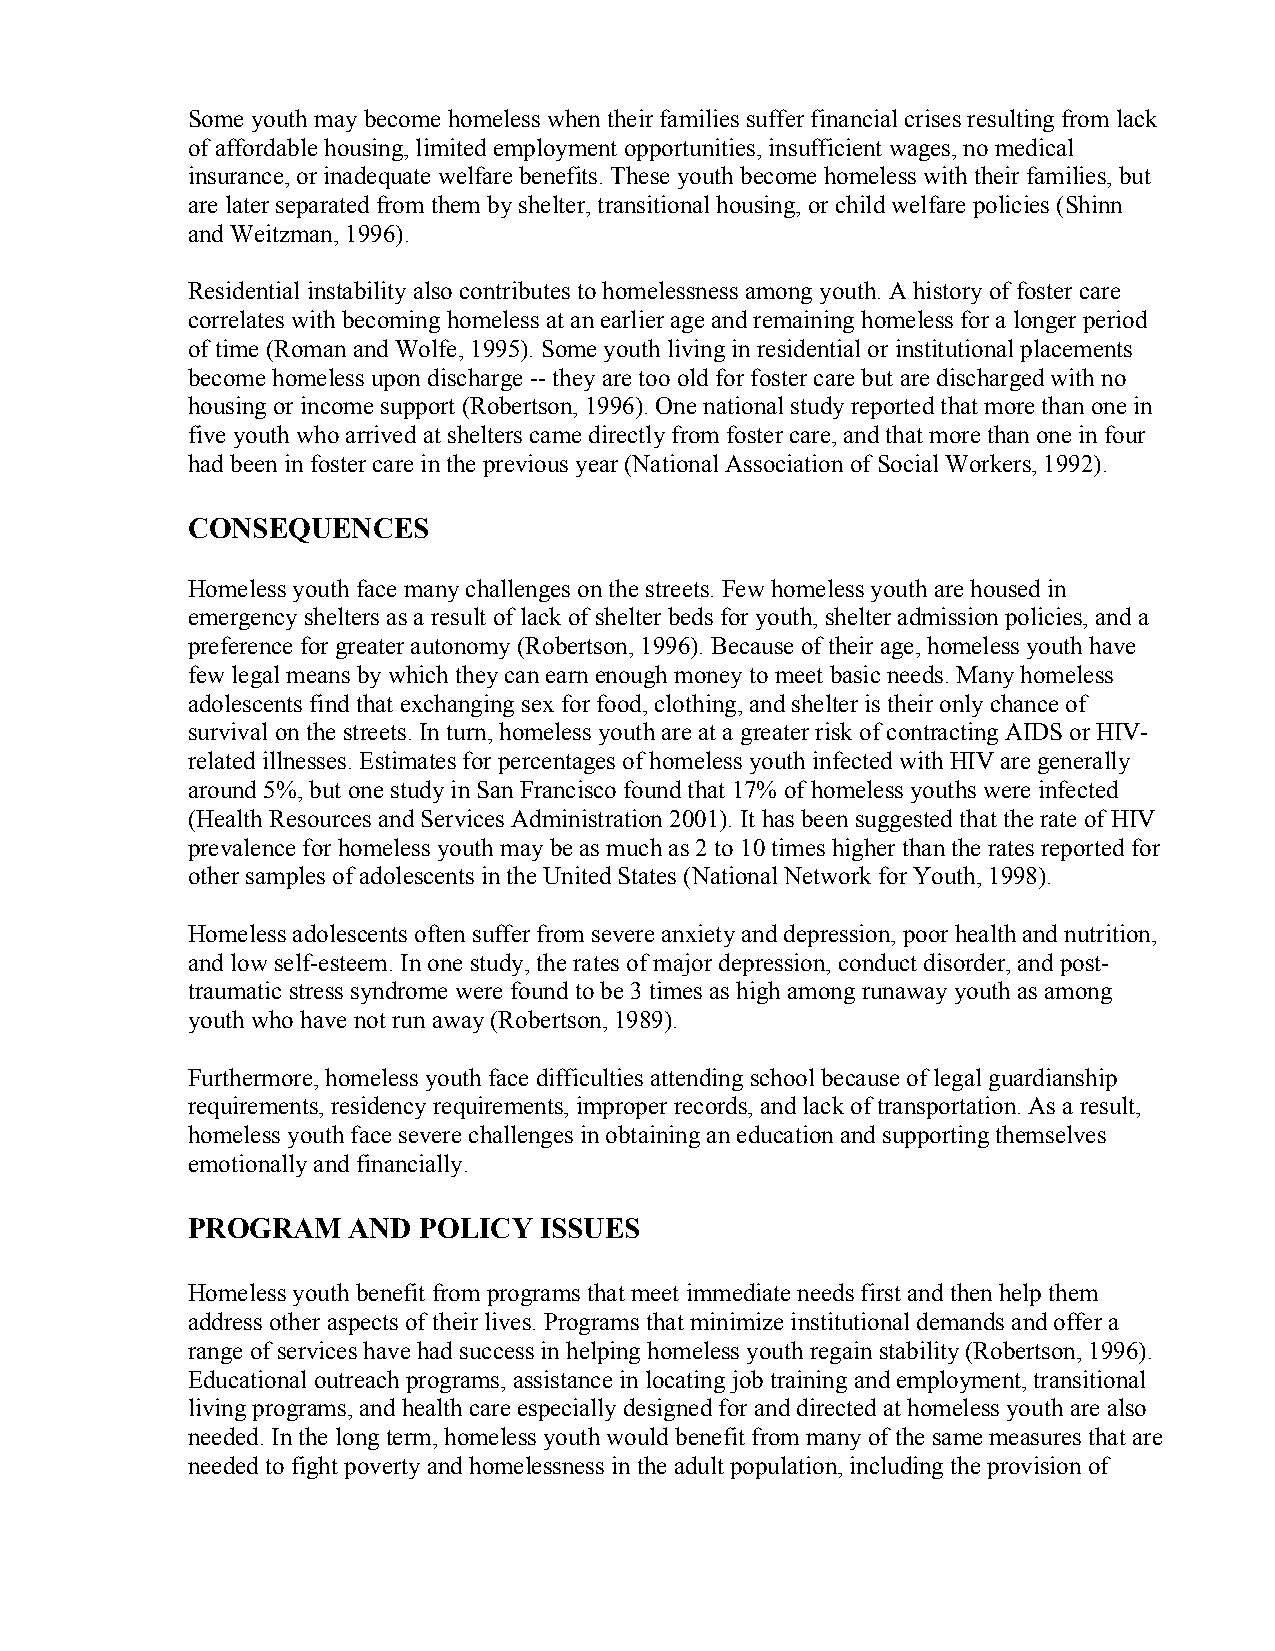
Some youth may become homeless when their families suffer financial crises resulting from lack
 of affordable housing, limited employment opportunities, insufficient wages, no medical
 insurance, or inadequate welfare benefits. These youth become homeless with their families, but
 are later separated from them by shelter, transitional housing, or child welfare policies (Shinn
 and Weitzman, 1996).
 Residential instability also contributes to homelessness among youth. A history of foster care
 correlates with becoming homeless at an earlier age and remaining homeless for a longer period
 of time (Roman and Wolfe, 1995). Some youth living in residential or institutional placements
 become homeless upon discharge -- they are too old for foster care but are discharged with no
 housing or income support (Robertson, 1996). One national study reported that more than one in
 five youth who arrived at shelters came directly from foster care, and that more than one in four
 had been in foster care in the previous year (National Association of Social Workers, 1992).
 CONSEQUENCES
 Homeless youth face many challenges on the streets. Few homeless youth are housed in
 emergency shelters as a result of lack of shelter beds for youth, shelter admission policies, and a
 preference for greater autonomy (Robertson, 1996). Because of their age, homeless youth have
 few legal means by which they can earn enough money to meet basic needs. Many homeless
 adolescents find that exchanging sex for food, clothing, and shelter is their only chance of
 survival on the streets. In turn, homeless youth are at a greater risk of contracting AIDS or HIV-
 related illnesses. Estimates for percentages of homeless youth infected with HIV are generally
 around 5%, but one study in San Francisco found that 17% of homeless youths were infected
 (Health Resources and Services Administration 2001). It has been suggested that the rate of HIV
 prevalence for homeless youth may be as much as 2 to 10 times higher than the rates reported for
 other samples of adolescents in the United States (National Network for Youth, 1998).
 Homeless adolescents often suffer from severe anxiety and depression, poor health and nutrition,
 and low self-esteem. In one study, the rates of major depression, conduct disorder, and post-
 traumatic stress syndrome were found to be 3 times as high among runaway youth as among
 youth who have not run away (Robertson, 1989).
 Furthermore, homeless youth face difficulties attending school because of legal guardianship
 requirements, residency requirements, improper records, and lack of transportation. As a result,
 homeless youth face severe challenges in obtaining an education and supporting themselves
 emotionally and financially.
 PROGRAM    AND  POLICY  ISSUES
 Homeless youth benefit from programs that meet immediate needs first and then help them
 address other aspects of their lives. Programs that minimize institutional demands and offer a
 range of services have had success in helping homeless youth regain stability (Robertson, 1996).
 Educational outreach programs, assistance in locating job training and employment, transitional
 living programs, and health care especially designed for and directed at homeless youth are also
 needed. In the long term, homeless youth would benefit from many of the same measures that are
 needed to fight poverty and homelessness in the adult population, including the provision of